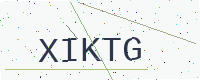
Text: XIKTG